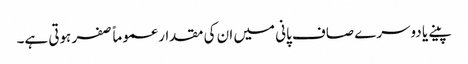
پینے یا دوسرے صاف پانی میں ان کی مقدار عموماً صفر ہوتی ہے۔